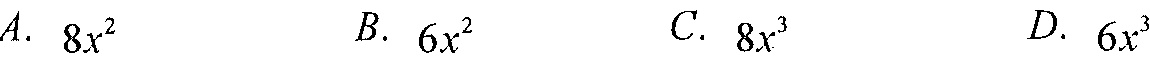
\(A.\ 8x^{2}\quad B.\ 6x^{2}\quad C.\ 8x^{3}\quad D.\ 6x^{3}\)